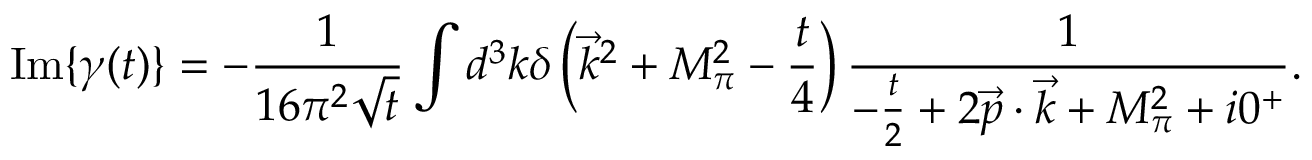
\mathrm { I m } \{ \gamma ( t ) \} = - \frac { 1 } { 1 6 \pi ^ { 2 } \sqrt { t } } \int d ^ { 3 } k \delta \left( \vec { k } ^ { 2 } + M _ { \pi } ^ { 2 } - \frac { t } { 4 } \right) \frac { 1 } { - \frac { t } { 2 } + 2 \vec { p } \cdot \vec { k } + M _ { \pi } ^ { 2 } + i 0 ^ { + } } .